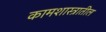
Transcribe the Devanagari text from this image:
कामशास्त्रातील